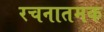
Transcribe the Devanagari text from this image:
रचनातमक